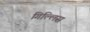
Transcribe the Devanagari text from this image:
गिल्लिस